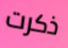
ذكرت